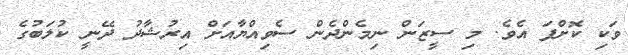
ވަކި ކޮށްފަ އެވެ. މި ސީޒަން ނިމެންދެން ސެވިއްޔާއަށް އިރުޝާދު ދޭނީ ކުލަބުގެ